Calcutta medical institutions reports 1892-1900
Year: 1892
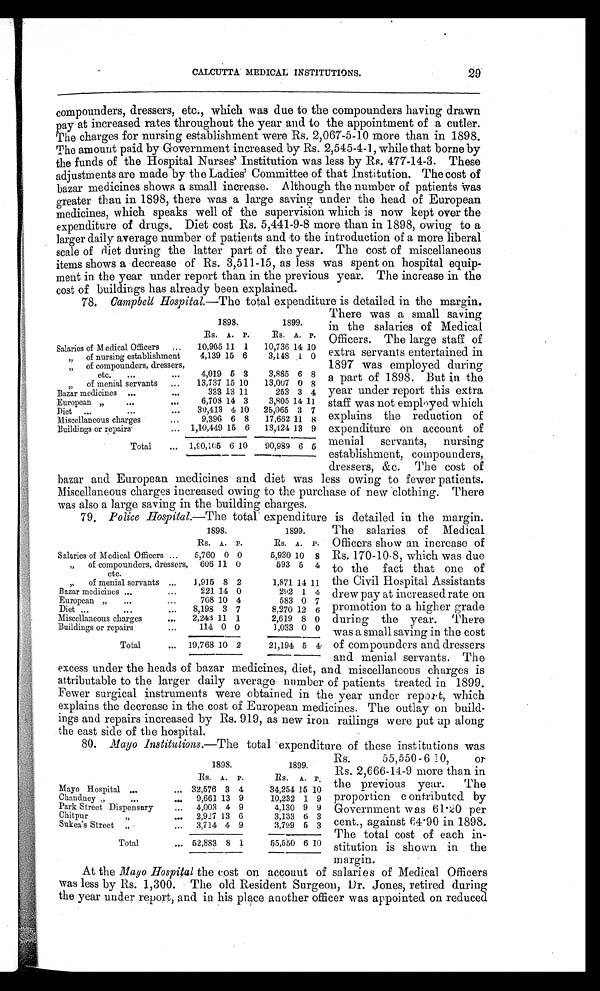
CALCUTTA MEDICAL INSTITUTIONS.
29
compounders, dressers, etc., which was due to the compounders having drawn
pay at increased rates throughout the year and to the appointment of a cutler.
The charges for nursing establishment were Rs. 2,067-5-10 more than in 1898.
The amount paid by Government increased by Rs. 2,545-4-1, while that borne by
the funds of the Hospital Nurses' Institution was less by Rs. 477-14-3. These
adjustments are made by the Ladies' Committee of that Institution. The cost of
bazar medicines shows a small increase. Although the number of patients Was
greater than in 1898, there was a large saving under the head of European
medicines, which speaks well of the supervision which is now kept over the
expenditure of drugs. Diet cost Rs. 5,441-9-8 more than in 1898, owing to a
larger daily average number of patients and to the introduction of a more liberal
scale of diet during the latter part of the year. The cost of miscellaneous
items shows a decrease of Rs. 3,511-15, as less was spent on hospital equip-
ment in the year under report than in the previous year. The increase in the
cost of buildings has already been explained.
78. Campbell Hospital—The total expenditure is detailed in the margin.
1898.
1899.
Rs. A. P.
Rs. A. P.
Salaries of M edical Officers ..
10,905 11 1
10,736 14 10
„ of nursing establishment.
4,139 15 6
3,148 1
0
„ of compounders, dressers,
etc.
...
...
4,019 6 3
3,885 6 8
„
of menial servants
, ,
. . .
13,737 15 10
13,007 0 8
Bazar medicines ...
. . .
333 13 11
253 3 4
European „
...
. . .
6,708 14 3
3,805 14 11
Diet ...
...
. . .
30,413 4 10
25,065 3 7
Miscellaneous charges
. . .
9,396 6 8
17,662 11 8
Buildings or repairs
... 1,10,449 15 6
13,424 13 9
Total
... 1,90,105 6 10
90,989 6 5
There was a small saving
in the salaries of Medical
Officers. The large staff of
extra servants entertained in
1897 was employed during
a part of 1898, But in the
year under report this extra
staff was not employed which
explains the reduction of
expenditure on account of
menial servants, nursing
establishment, compounders,
dressers, &c. The cost of
bazar and European medicines and diet was less owing to fewer patients.
Miscellaneous charges increased owing to the purchase of new clothing. There
was also a large saving in the building charges.
79. Police Hospital—The total expenditure is detailed in the margin.
1898.
1899.
Rs. A. P.
Rs. A. P.
Salaries of Medical Officers ...
5,760 0 0
5,930 10 8
„
of compounders, dressers,
etc.
606 11 0
593
5 4
,,
of menial servants . . .
1,915 8 2
1,871 14 11
Bazar medicines ..
...
221 14 0
2 9 1 4
European „
...
...
708 10 4
583 0 7
Diet ... ...
...
8,198 3 7
8,270 12 6
Miscellaneous charges
...
2,243 11 1
2,619 8 0
Buildings or repairs
...
114 0 0
1,033 0 0
Total
... 19,768 10 2
21,194 5 4
The salaries of Medical
Officers show an increase of
Rs. 170-10-8, which was due
to the fact that one of
the Civil Hospital Assistants
drew pay at increased rate on
promotion to a higher grade
during the year. There
was a small saving in the cost
of compounders and dressers
and menial servants, The
excess under the heads of bazar medicines, diet, and miscellaneous charges is
attributable to the larger daily average number of patients treated in 1899.
Fewer surgical instruments were obtained in the year under report , which
explains the decrease in the cost of European medicines. The outlay on build-
ings and repairs increased by Rs. 919, as new iron railings were put up along
the east side of the hospital.
80. Mayo Institutions.—The total expenditure of these institutions was
1898.
1899.
Rs. A. P.
Rs. A. P.
Mayo Hospital ...
... 32,576 3 4
34,254 15 10
Chandney „
. . .
. . .
9,661 13 9
10,232 1 9
Park Street Dispensary
...
4,003 4 9
4,130 9 9
Chitpur
„
...
2,927 13 6
3,133 6 3
Sukea's Street „
...
3,714 4 9
3,799 5 3
Total
... 52,883 8 1
65,550 6 10
55,550-610,
or
Rs. 2,666-14-9 more than in
the previous year. The
proportion contributed by
Government was 61.20 per
cent., against 64.90 in 1898.
The total cost of each in-
stitution is shown in the
margin.
At the Mayo Hospital the cost on account of salaries of Medical Officers
was less by Rs. 1,300. The old Resident Surgeon, Dr. Jones, retired during
the year under report, and in his place another officer was appointed on reduced